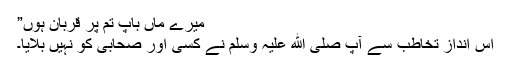
میرے ماں باپ تم پر قربان ہوں”
اس اندازِ تخاطب سے آپ صلی الله علیہ وسلم نے کسی اور صحابی کو نہیں بلایا۔